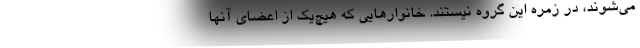
می‌شوند، در زمره این گروه نیستند. خانوارهایی که هیچ‌یک از اعضای آنها